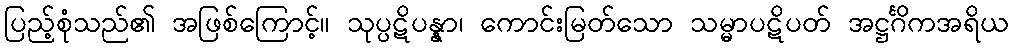
ပြည့်စုံသည်၏ အဖြစ်ကြောင့်။ သုပ္ပဋိပန္နာ၊ ကောင်းမြတ်သော သမ္မာပဋိပတ် အဋ္ဌင်္ဂိကအရိယ